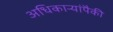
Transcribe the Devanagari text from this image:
अधिकार्‍यांपैकी